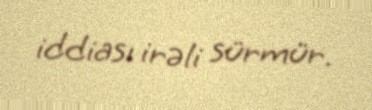
iddiası irəli sürmür.